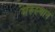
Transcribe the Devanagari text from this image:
मरुस्थान